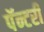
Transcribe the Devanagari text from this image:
पॅन्टरी